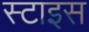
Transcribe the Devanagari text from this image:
स्टाइस